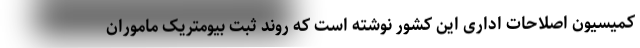
کمیسیون اصلاحات اداری این کشور نوشته است که روند ثبت بیومتریک ماموران